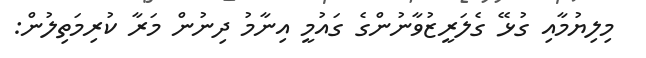
މިލިޔުމާއި ގުޅޭ ގެލަރީޒުވާނުންގެ ގައުމީ އިނާމު ދިނުން މަރާ ކުރިމަތިލުން: